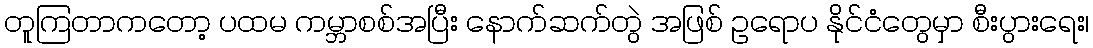
တူကြတာကတော့ ပထမ ကမ္ဘာစစ်အပြီး နောက်ဆက်တွဲ အဖြစ် ဥရောပ နိုင်ငံတွေမှာ စီးပွားရေး၊